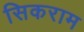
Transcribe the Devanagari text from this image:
सिकराम